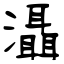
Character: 灄